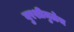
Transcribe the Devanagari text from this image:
बुरशीमुळेच